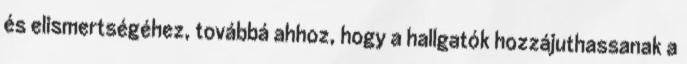
és elismertségéhez, továbbá ahhoz, hogy a hallgatók hozzájuthassanak a